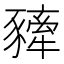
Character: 𧲀